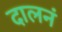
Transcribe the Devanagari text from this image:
दालनं